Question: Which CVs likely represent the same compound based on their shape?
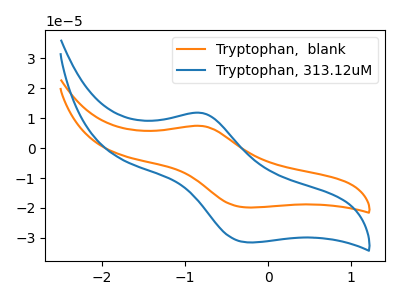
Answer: <think>The orange curve "Tryptophan,  blank" has an anodic peak at (-0.80V, 7.40uA) and a cathodic peak at (-0.25V, -19.85uA). The blue curve "Tryptophan, 313.12uM" has an anodic peak at (-0.80V, 11.75uA) and a cathodic peak at (-0.25V, -31.50uA).
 All the peaks in "Tryptophan,  blank" have a peak in "Tryptophan, 313.12uM" at the same potential. Every peak in "Tryptophan,  blank" is lower than every peak in "Tryptophan, 313.12uM".</think>
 <answer>"Tryptophan, 313.12uM" and "Tryptophan,  blank" have the same shape and are likely CV's of the same chemical.</answer>
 <eval>"Tryptophan, 313.12uM" "Tryptophan,  blank"</eval>